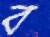
ব